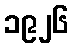
၁၉၂၆